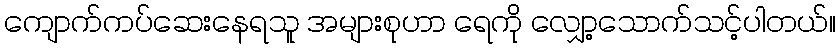
ကျောက်ကပ်ဆေးနေရသူ အများစုဟာ ရေကို လျှော့သောက်သင့်ပါတယ်။